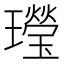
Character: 㼆